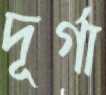
দূর্গা